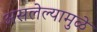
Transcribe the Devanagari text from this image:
असलेल्यामुळे